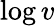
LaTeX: \log v